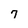
Character: 7